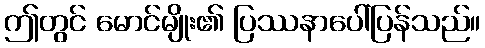
ဤတွင် မောင်မျိုး၏ ပြဿနာပေါ်ပြန်သည်။